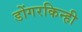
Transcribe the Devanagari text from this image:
डोंगरकिन्ही